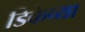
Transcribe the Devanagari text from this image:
डिकेच्या